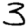
Digit: 3